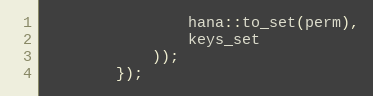
Language: C++
                hana::to_set(perm),
                keys_set
            ));
        });